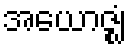
အယောဇ္ဈံ